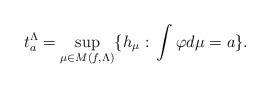
LaTeX: \begin{align*} t_a^\Lambda=\sup_{\mu\in M(f, \Lambda)}\{h_\mu:\, \int\varphi d\mu=a\}.\end{align*}